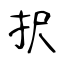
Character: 択